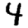
Digit: 4